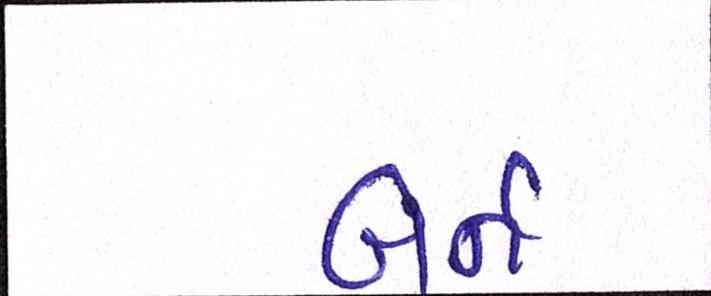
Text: બર્ન